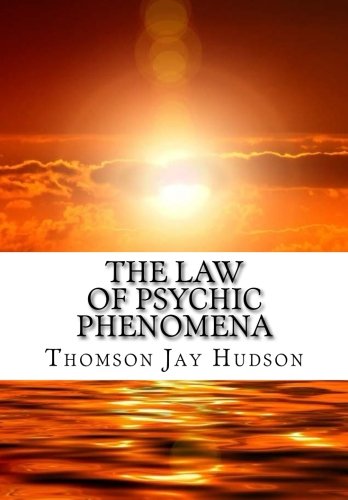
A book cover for The Law of Psychic Phenomena; Thomson Jay Hudson; Religion & Spirituality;